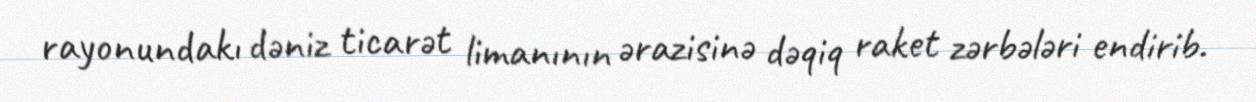
rayonundakı dəniz ticarət limanının ərazisinə dəqiq raket zərbələri endirib.